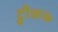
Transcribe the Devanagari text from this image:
ट्वीक७